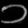
Digit: ၁